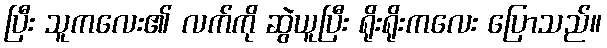
ပြီး သူကလေး၏ လက်ကို ဆွဲယူပြီး ရိုးရိုးကလေး ပြောသည်။